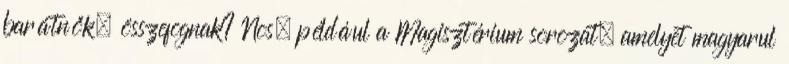
barátnők, összefognak? Nos, például a Magisztérium sorozat, amelyet magyarul